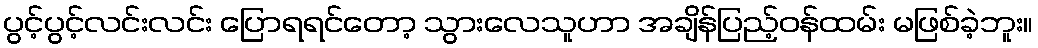
ပွင့်ပွင့်လင်းလင်း ပြောရရင်တော့ သွားလေသူဟာ အချိန်ပြည့်ဝန်ထမ်း မဖြစ်ခဲ့ဘူး။